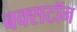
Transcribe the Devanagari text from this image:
बक्सटॉन